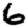
Digit: 6